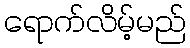
ရောက်လိမ့်မည်